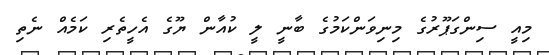
މިއީ ސިންގަޕޫރުގެ މިނިވަންކަމުގެ ބާނީ ލީ ކުއާން ޔޫގެ އެހީތެެރި ކަމެއް ނެތި